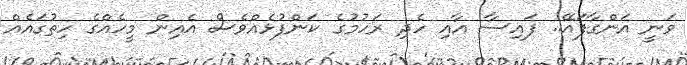
ވަނީ އަންގާފައޭ.. ފައިސާ އާއި ހެދި ރަހުމުގެ ކަންފުޅެއްވެސް އެއިން މީހެއްގެ ހިތުގައެއް